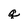
Character: a